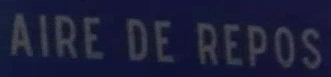
AIRE DE REPOS